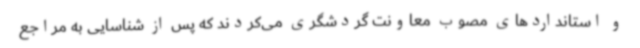
و استانداردهای مصوب معاونت گردشگری می‌کردند که پس از شناسایی به مراجع